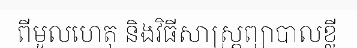
ពីមូលហេតុ និងវិធីសាស្ត្រព្យាបាលខ្លី